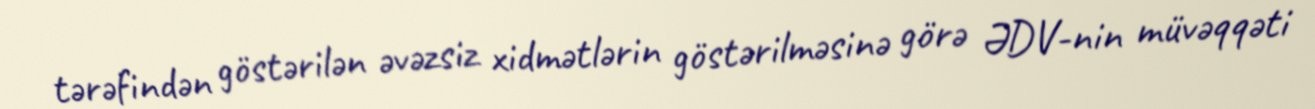
tərəfindən göstərilən əvəzsiz xidmətlərin göstərilməsinə görə ƏDV-nin müvəqqəti